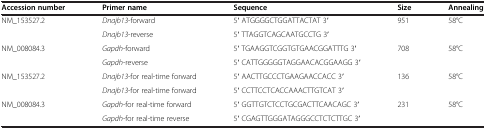
<table><thead><tr><td><b>Accession number</b></td><td><b>Primer name</b></td><td><b>Sequence</b></td><td><b>Size</b></td><td><b>Annealing</b></td></tr></thead><tbody><tr><td rowspan="2">NM_153527.2</td><td><i>Dnajb13</i>-forward</td><td>5′ ATGGGGCTGGATTACTAT 3′</td><td rowspan="2">951</td><td rowspan="2">58°C</td></tr><tr><td><i>Dnajb13</i>-reverse</td><td>5′ TTAGGTCAGCAATGCCTG 3′</td></tr><tr><td rowspan="2">NM_008084.3</td><td><i>Gapdh</i>-forward</td><td>5′ TGAAGGTCGGTGTGAACGGATTTG 3′</td><td rowspan="2">708</td><td rowspan="2">58°C</td></tr><tr><td><i>Gapdh</i>-reverse</td><td>5′ CATTGGGGGTAGGAACACGGAAGG 3′</td></tr><tr><td rowspan="2">NM_153527.2</td><td><i>Dnajb13</i>-for real-time forward</td><td>5′ AACTTGCCCTGAAGAACCACC 3′</td><td rowspan="2">136</td><td rowspan="2">58°C</td></tr><tr><td><i>Dnajb13</i>-for real-time forward</td><td>5′ CCTTCCTCACCAAACTTGTCAT 3′</td></tr><tr><td rowspan="2">NM_008084.3</td><td><i>Gapdh</i>-for real-time forward</td><td>5′ GGTTGTCTCCTGCGACTTCAACAGC 3′</td><td rowspan="2">231</td><td rowspan="2">58°C</td></tr><tr><td><i>Gapdh</i>-for real-time reverse</td><td>5′ CGAGTTGGGATAGGGCCTCTCTTGC 3′</td></tr></tbody></table>